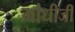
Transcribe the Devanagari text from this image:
गांधीजीं